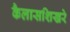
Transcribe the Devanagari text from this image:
कैलासशिखरे